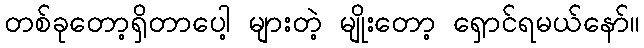
တစ်ခုတော့ရှိတာပေါ့ များတဲ့ မျိုးတော့ ရှောင်ရမယ်နော်။